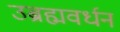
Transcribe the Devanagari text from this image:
उब्रह्मवर्धन